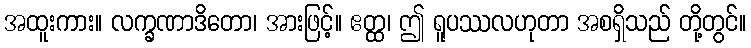
အထူးကား။ လက္ခဏာဒိတော၊ အားဖြင့်။ ဧတ္ထ၊ ဤ ရူပဿလဟုတာ အစရှိသည် တို့တွင်။